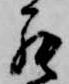
罷